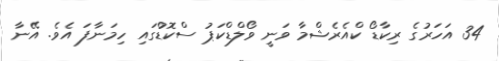
34 އަހަރުގެ ރިކާޑޯ ކްއެރެޝްމާ ވަނީ ވޯލްޑްކަޕު ސްކޮޑްުގައި ހިމަނާފަ އެވެ. އޭނާ